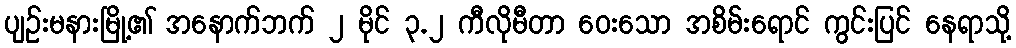
ပျဉ်းမနားမြို့၏ အနောက်ဘက် ၂ မိုင် ၃.၂ ကီလိုမီတာ ဝေးသော အစိမ်းရောင် ကွင်းပြင် နေရာသို့